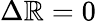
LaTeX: \Delta\mathbb{R}=0